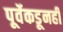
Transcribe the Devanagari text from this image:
पूर्वेकडूनही